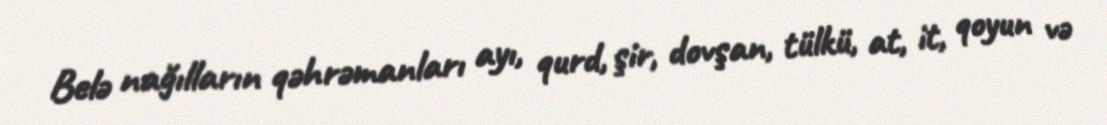
Belə nağılların qəhrəmanları ayı, qurd, şir, dovşan, tülkü, at, it, qoyun və